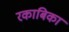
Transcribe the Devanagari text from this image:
रकाबिका